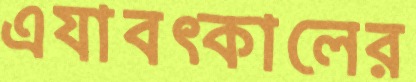
এযাবত্কালের